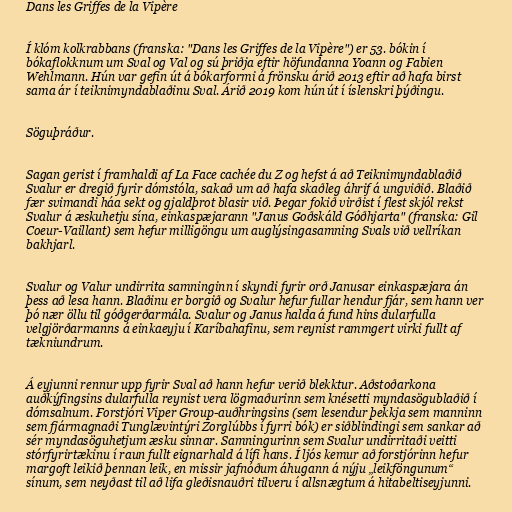
Dans les Griffes de la Vipère

Í klóm kolkrabbans (franska: "Dans les Griffes de la Vipère") er 53. bókin í
bókaflokknum um Sval og Val og sú þriðja eftir höfundanna Yoann og Fabien
Wehlmann. Hún var gefin út á bókarformi á frönsku árið 2013 eftir að hafa birst
sama ár í teiknimyndablaðinu Sval. Árið 2019 kom hún út í íslenskri þýðingu.

Söguþráður.

Sagan gerist í framhaldi af La Face cachée du Z og hefst á að Teiknimyndablaðið
Svalur er dregið fyrir dómstóla, sakað um að hafa skaðleg áhrif á ungviðið. Blaðið
fær svimandi háa sekt og gjaldþrot blasir við. Þegar fokið virðist í flest skjól rekst
Svalur á æskuhetju sína, einkaspæjarann "Janus Goðskáld Góðhjarta" (franska: Gil
Coeur-Vaillant) sem hefur milligöngu um auglýsingasamning Svals við vellríkan
bakhjarl.

Svalur og Valur undirrita samninginn í skyndi fyrir orð Janusar einkaspæjara án
þess að lesa hann. Blaðinu er borgið og Svalur hefur fullar hendur fjár, sem hann ver
þó nær öllu til góðgerðarmála. Svalur og Janus halda á fund hins dularfulla
velgjörðarmanns á einkaeyju í Karíbahafinu, sem reynist rammgert virki fullt af
tækniundrum.

Á eyjunni rennur upp fyrir Sval að hann hefur verið blekktur. Aðstoðarkona
auðkýfingsins dularfulla reynist vera lögmaðurinn sem knésetti myndasögublaðið í
dómsalnum. Forstjóri Viper Group-auðhringsins (sem lesendur þekkja sem manninn
sem fjármagnaði Tunglævintýri Zorglúbbs í fyrri bók) er siðblindingi sem sankar að
sér myndasöguhetjum æsku sinnar. Samningurinn sem Svalur undirritaði veitti
stórfyrirtækinu í raun fullt eignarhald á lífi hans. Í ljós kemur að forstjórinn hefur
margoft leikið þennan leik, en missir jafnóðum áhugann á nýju „leikföngunum“
sínum, sem neyðast til að lifa gleðisnauðri tilveru í allsnægtum á hitabeltiseyjunni.